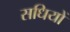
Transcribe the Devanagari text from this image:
सधियों